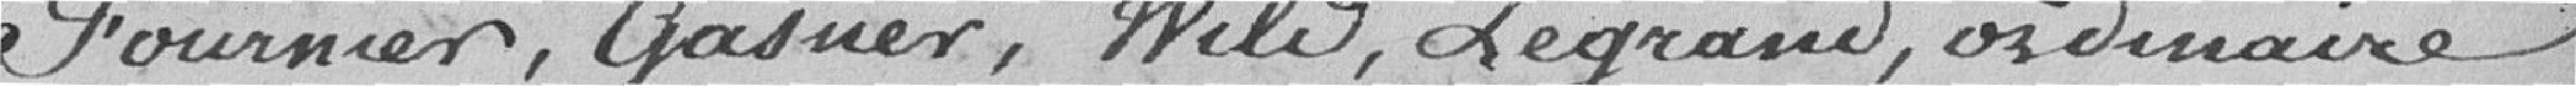
Fournier, Gasner, Wili, Legrand, Ordinaire